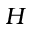
H